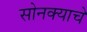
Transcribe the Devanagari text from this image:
सोनक्याचे